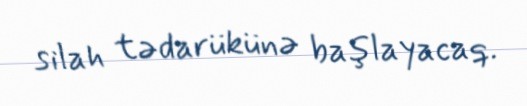
silah tədarükünə başlayacaq.